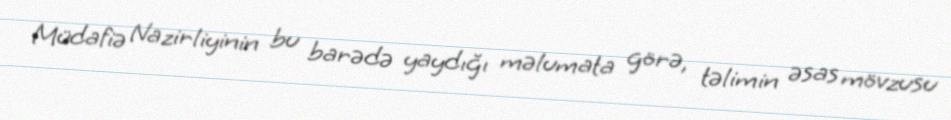
Müdafiə Nazirliyinin bu barədə yaydığı məlumata görə, təlimin əsas mövzusu